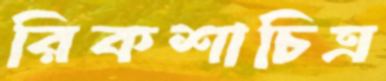
রিকশাচিত্র